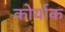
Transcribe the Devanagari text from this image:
कोर्याक